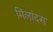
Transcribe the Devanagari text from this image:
मिलांदस